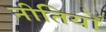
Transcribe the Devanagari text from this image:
नीतियोँ